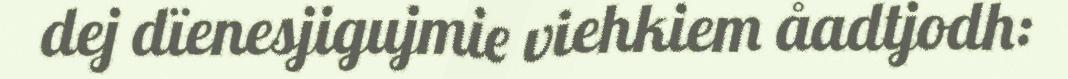
dej dïenesjigujmie viehkiem åadtjodh: